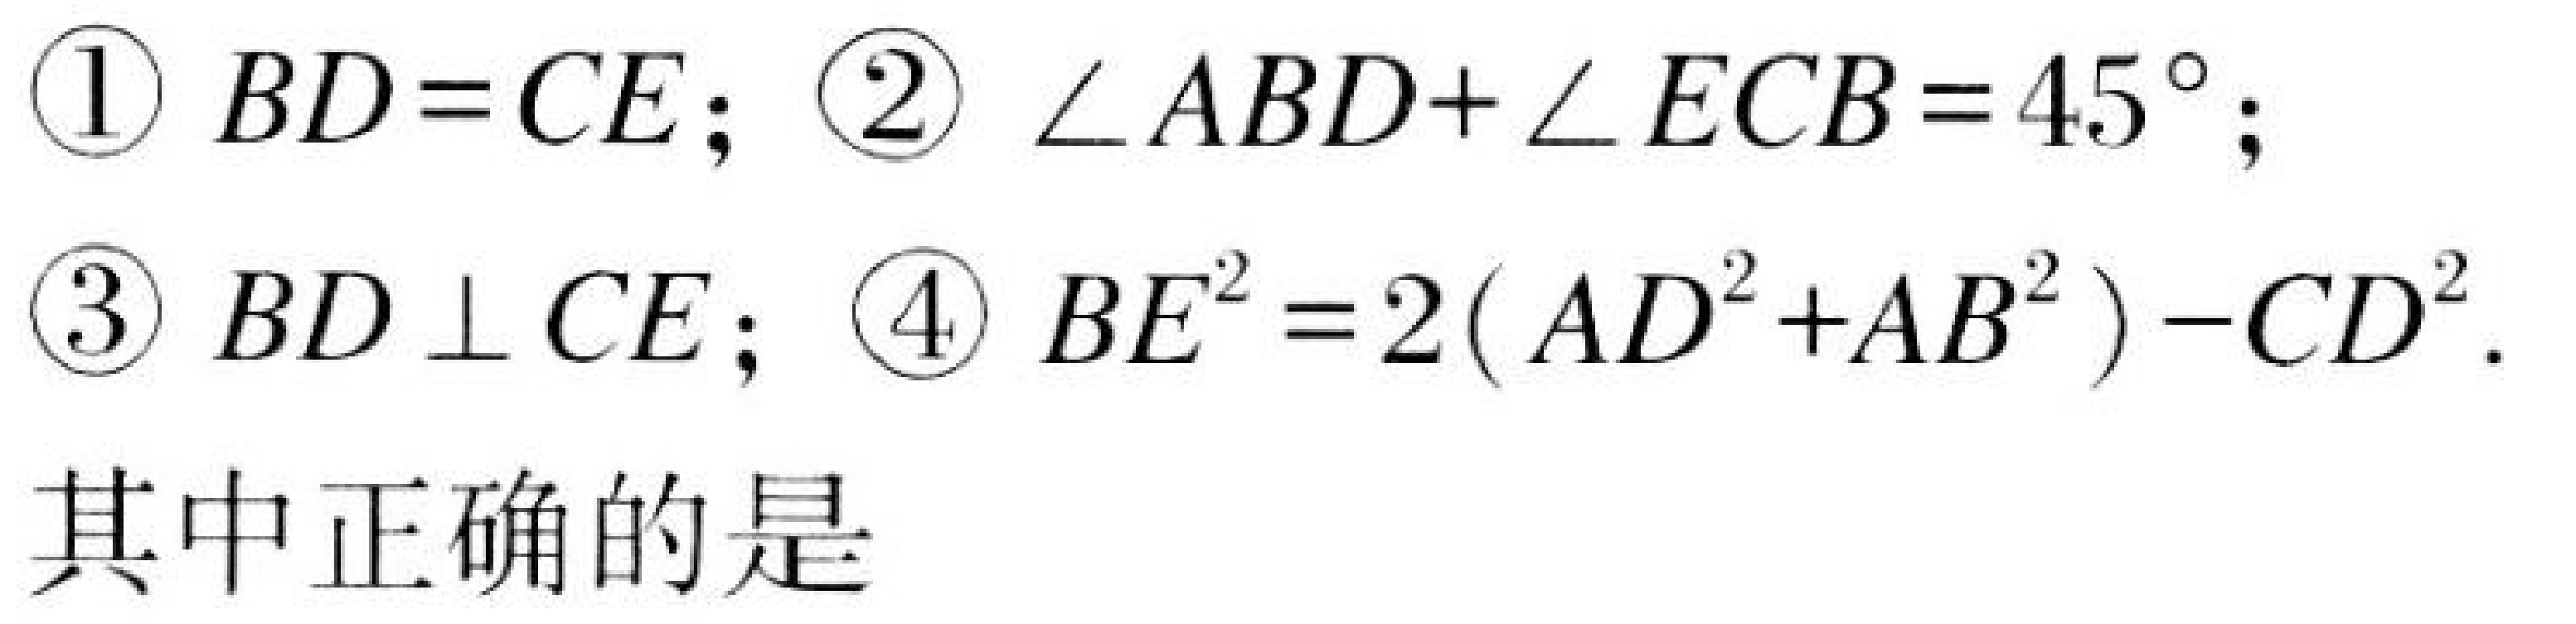
\begin{enumerate}
\item $BD = CE$;
\item $\angle ABD+\angle ECB = 45^{\circ}$;
\item $BD\perp CE$;
\item $BE^{2}=2(AD^{2}+AB^{2})-CD^{2}$.
\end{enumerate}
其中正确的是